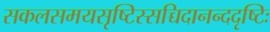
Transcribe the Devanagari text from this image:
सकलसमयसृष्टिस्सच्चिदानन्ददृष्टिः